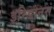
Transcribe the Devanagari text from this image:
इरिडानस